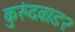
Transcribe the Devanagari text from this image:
कुरुंदवाड२